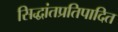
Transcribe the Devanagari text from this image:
सिद्धांतप्रतिपादित